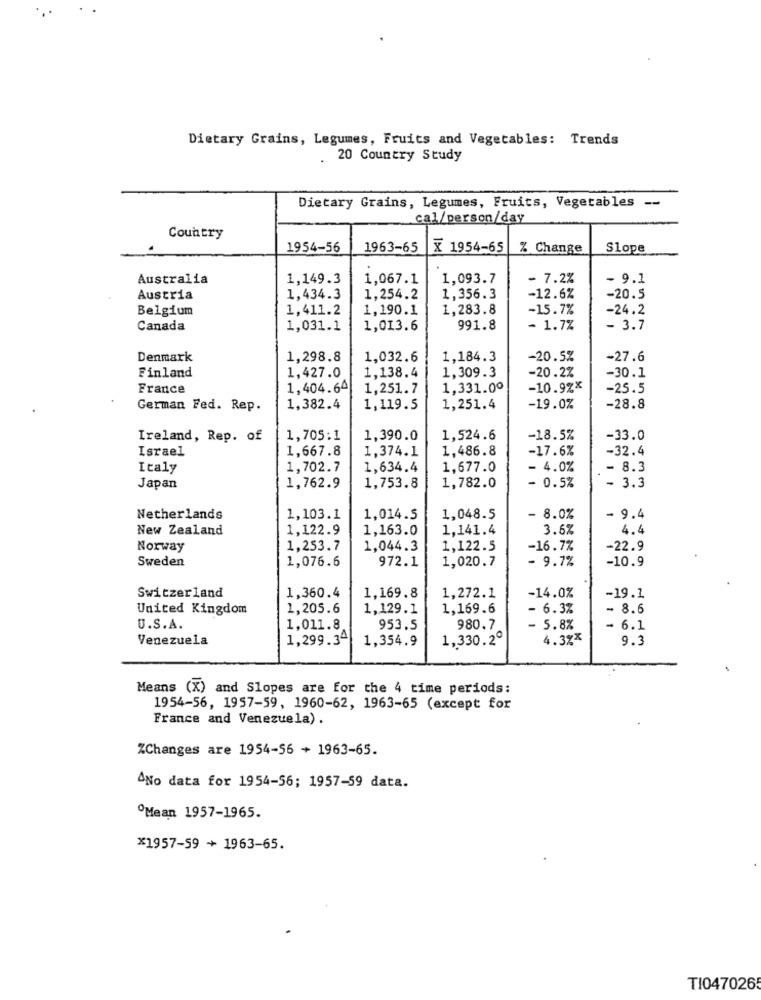
Dietary Grains, Legumes, Fruits and Vegetables: Trends
. 20 Country Study
Dietary Grains, Legumes, Fruits, Vegetables --
cal/person/day
Country
1954-56
1963-65
X 1954-65
% Change
Slope
Australia
1,149.3
1,067.1
1,093.7
- 7.2%
- 9.1
Austria
1,434.3
1,254.2
1,356.3
-12.6%
-20.5
Belgium
1,411.2
1,190.1
1,283.8
-15.7%
-24.2
Canada
1,031.1
1,013.6
991.8
- 1.7%
- 3.7
Denmark
1,298.8
1,032.6
1,184.3
-20.5%
-27.6
Finland
1,138.4
1,309.3
-20.2%
-30.1
1,427.0
France
1,404.64
1,251.7
1,331.00
-10.9%*
-25.5
German Fed. Rep.
1,382.4
1,119.5
1,251.4
-19.0%
-28.8
Ireland, Rep. of
1,705:1
1,390.0
1,524.6
-18.5%
-33.0
Israel
1,667.8
1,374.1
1,486.8
-17.6%
-32.4
Italy
1,702.7
1,634.4
1,677.0
- 4.0%
- 8.3
- 0.5%
Japan
1,762.9
1,753.8
1,782.0
- 3.3
Netherlands
1,103.1
1,014.5
1,048.5
- 8.0%
9.4
New Zealand
1,122.9
1,163.0
1,141.4
3.6%
4.4
Norway
1,253.7
1,044.3
1,122.5
-16.7%
-22.9
Sweden
1,076.6
972.1
1,020.7
- 9.7%
-10.9
Switzerland
1,360.4
1,169.8
1,272.1
-14.0%
-19.1
United Kingdom
1,205.6
1,129.1
1,169.6
- 6.3%
- 8.6
U.S.A.
1,011.8
953.5
980.7
- 5.8%
6.1
Venezuela
1,299.34
1,354.9
1,330.2º
4.3%*
9.3
Means (X) and Slopes are for the 4 time periods:
1954-56, 1957-59, 1960-62, 1963-65 (except for
France and Venezuela).
ZChanges are 1954-56 + 1963-65.
^No data for 1954-56; 1957-59 data.
Mean 1957-1965.
*1957-59 + 1963-65.
TI047026